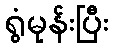
ရွံမုန်းပြီး